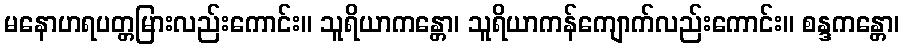
မနောဟရပတ္တမြားလည်းကောင်း။ သူရိယာကန္တော၊ သူရိယာကန်ကျောက်လည်းကောင်း။ စန္ဒကန္တော၊